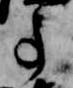
事